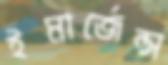
ইমার্জেন্স